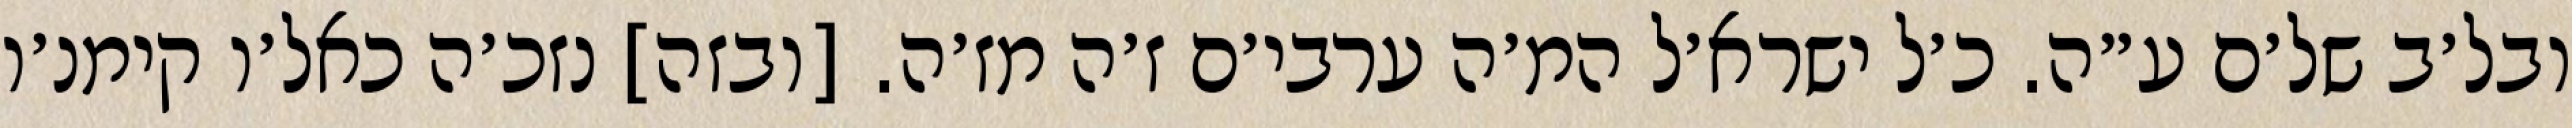
ובל׳ב של׳ם ע״ה. כ׳ל ישרא׳ל המ׳ה ערבי׳ם ז׳ה מז׳ה. [ובזה] נזכ׳ה כאל׳ו קימנ׳ו